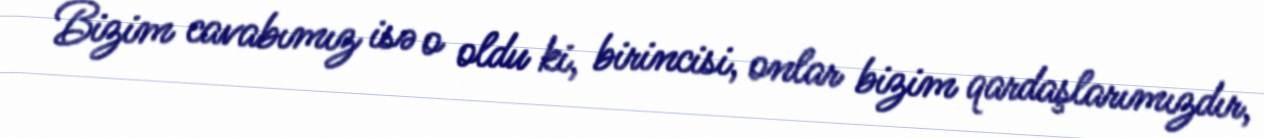
Bizim cavabımız isə o oldu ki, birincisi, onlar bizim qardaşlarımızdır,